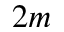
2 m